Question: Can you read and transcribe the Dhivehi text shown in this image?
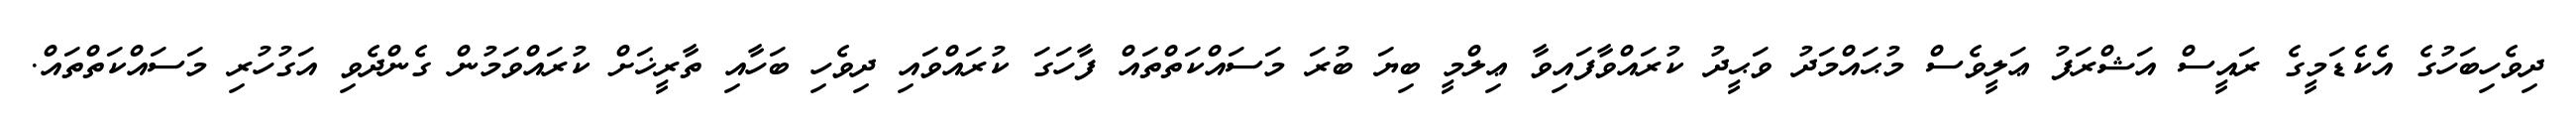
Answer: ދިވެހިބަހުގެ އެކެޑަމީގެ ރައީސް އަޝްރަފު ޢަލީވެސް މުޙައްމަދު ވަޙީދު ކުރައްވާފައިވާ ޢިލްމީ ބިޔަ ބުރަ މަސައްކަތްތައް ފާހަގަ ކުރައްވައި ދިވެހި ބަހާއި ތާރީޚަށް ކުރައްވަމުން ގެންދެވި އަގުހުރި މަސައްކަތްތައް.